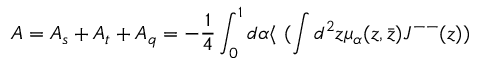
{ \cal A } = { \cal A } _ { s } + { \cal A } _ { t } + { \cal A } _ { q } = - \frac { 1 } { 4 } \int _ { 0 } ^ { 1 } d \alpha \langle ~ ( \int d ^ { 2 } z \mu _ { \alpha } ( z , \bar { z } ) J ^ { -- } ( z ) )